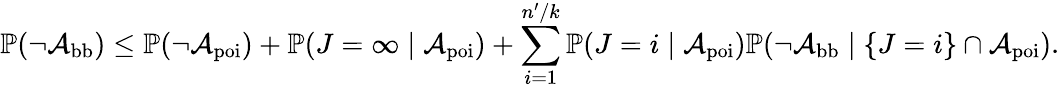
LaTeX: \mathbb{P}(\neg{\mathcal A}_{\mathrm{bb}})\le\mathbb{P}(\neg{\mathcal A}_{\mathrm{poi}})+\mathbb{P}(J=\infty\mid{\mathcal A}_{\mathrm{poi}})+\sum_{i=1}^{n^{\prime}/k}\mathbb{P}(J=i\mid{\mathcal A}_{\mathrm{poi}})\mathbb{P}(\neg{\mathcal A}_{\mathrm{bb}}\mid\{ J=i\} \cap{\mathcal A}_{\mathrm{poi}}).